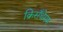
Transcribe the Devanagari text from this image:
क्रिसँथेमम